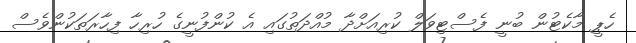
ހެޕީ މާކެޓުން ބުނީ ފެސްޓިވަލް ކުރިއަށްދާ މުއްދަތުގައި އެ ކުންފުނީގެ ހުރިހާ ފިހާރަތަކުންވެސް